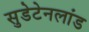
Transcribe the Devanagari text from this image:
सुडेटेनलांड